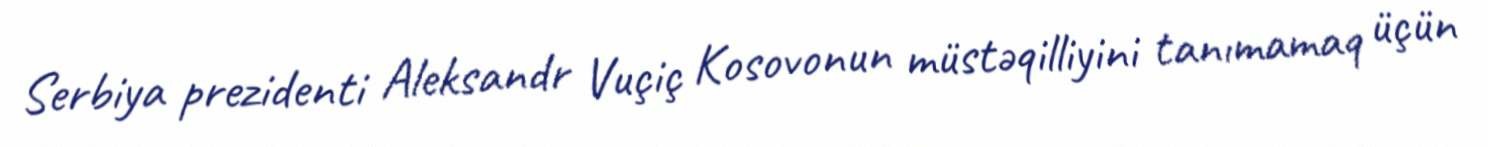
Serbiya prezidenti Aleksandr Vuçiç Kosovonun müstəqilliyini tanımamaq üçün